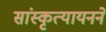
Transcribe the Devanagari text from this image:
सांस्कृत्यायनने